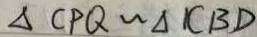
\Delta C P Q \sim \Delta 1 C B D